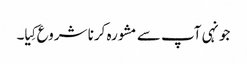
جونہی آپ سے مشورہ کرنا شروع کِیا۔